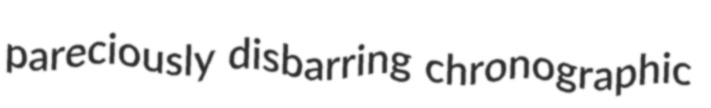
pareciously disbarring chronographic